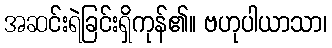
အဆင်းရဲခြင်းရှိကုန်၏။ ဗဟုပါယာသာ၊